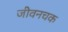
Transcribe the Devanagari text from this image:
जीवनचक